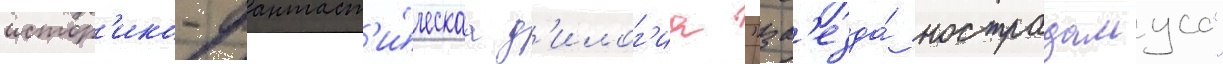
истор'ико-фантаст'и́ческаа д'илог'иа "зв'езда́ нострадамуса"